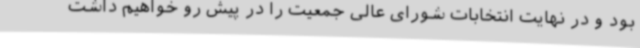
بود و در نهایت انتخابات شورای عالی جمعیت را در پیش رو خواهیم داشت